Memorandum on the prevention of leprosy by segregation of the affected
Disease focus: Leprosy
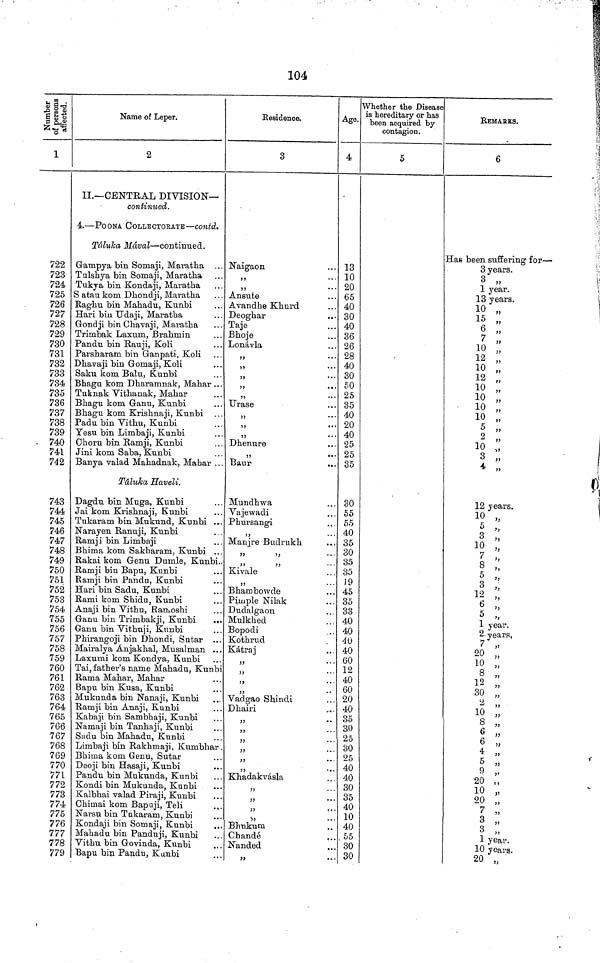
104
Number of persons affected.
1
722
723
724
725
726
727
728
729
730
731
732
733
734
735
736
737
738
739
740
741
742
743
744
745
746
747
748
749
750
751
752
753
754
755
756
757
758
759
760
761
762
763
764
765
766
767
768
769
770
771
772
773
774.
775
776
177
778
779
Name of Leper.
2
II.—CENTRAL DIVISION—
continued.
4.—POONA COLLECTORATE —contd.
Tâluka Mával—continued.
Gampya bin Somaji, Maratha ...
Tulshya bin Somaji, Maratha
Tukya bin Kondaji, Maratha
Satau kom Dhondji, Maratha
Raghu bin Mahadu, Kunbi
3ari bin Udaji, Maratha
Gondji bin Chavaji, Maratha
Trimbak Laxum, Brahmin
Pandu bin Rauji, Koli
Parsharam bin Ganpati, Koli
Dhavaji bin Gomaji, Koli
Saku kom Balu, Kunbi
Bhagu kom Dharamnak, Mahar ...
Tuknak Vithanak, Mahar
Bhagu kom Garni, Kunbi
Bhagu kom Krishnaji, Kunbi
Padu bin Vithu, Kunbi
Yesu bin Limbaji, Kunbi
Choru bin Ramji, Kunbi
Jini kom Saba, Kunbi
Banya valad Mahadnak, Mahar ..
Tâluka Haveli.
Dagdu bin Muga, Kunbi
Jai kom Krishnaji, Kunbi
Tukaram bin Mukund, Kunbi ...
Narayen Ranuji, Kunbi
Ramji bin Limbaji
Bhima kom Sakharam, Kunbi ...
Rakai kom Genu Dumle, Kunbi..
Ramji bin Bapu, Kunbi
Ramji bin Pandu, Kunbi
Hari bin Sadu, Kunbi
Rami kom Shidu, Kunbi
Anaji bin Vithu, Ramoshi
Ganu bin Trimbakji, Kunbi
..
Ganu bin Vithuji, Kunbi
Phirangoji bin Dhondi, Sutar
Mairalya Anjakhal, Musalman ..
Laxumi kom Kondya, Kunbi
Tai, father's name Mahadu, Kunb
Rama Mahar, Mahar
Bapu bin Kusa, Kunbi
Mukunda bin Nanaji, Kunbi
Ramji bin Anaji, Kunbi
Kabaji bin Sambhaji, Kunbi
Namaji bin Tanhaji, Kunbi
Sadu bin Mahadu, Kunbi
Limbaji bin Rakhmaji, Kumbhar
Bhima kom Genu, Sutar
Deoji bin Hasaji, Kunbi
Pandu bin Mukunda, Kunbi
Kondi bin Mukunda, Kunbi
Kalbhai valad Piraji, Kunbi
Chimai kom Bapuji, Teli
Narsu bin Tukaram, Kunbi
Kondaji bin Somaji, Kunbi
Mahadu bin Panduji, Kunbi
Vithu bin Govinda, Kunbi
Bapu bin Pandu, Kunbi
Residence.
3
Naigaon
,,
...
,,
...
Ansute
Avandhe Khurd
Deoghar
Taje
Bhoje
Lionávla
,,
...
,,
,,
,,
...
Urase
,,
,,
...
,,
...
Dhenure
,,
...
Baur
Mundhwa
Vajewadi
Phursangi
,,
Manjre Budrukh
„ „
Kivale
,,
Bhambowde
Pimple Nilak
Dudalgaon
Mulkhed
Bopodi
Kothrud
Kâtraj
„
„
Vadgao Shindi
Dhairi
„
„
„
„
„
„
Khadakvásla
„
„
„
Bhukum
Chandé
Nanded
»
•
Age.
4
13
10
20
65
40
30
40
36
26
28
40
30
50
25
35
40
20
40
25
25
35
30
55
55
40
35
30
35
35
19
45
35
33
40
40
40
40
60
12
40
60
20
40
35
30
25
30
25
40
40
30
35
40
10
40
55
30
30
Whether the Disease
is hereditary or has
been acquired by
contagion.
5
REMARKS.
6
Has been suffering for—
3 years.
3 „
1 year.
13 years.
10 „
15 „
6 „
7 „
10 „
12 „
10 „
12 „
10 „
10 „
10 „
10 „
5 „
2 „
10
„
3 „
4 „
12 years.
10 „
5 „
3 „
10 „
7 „
8 „
5
3 „
6
5 „
1 year.
2 years,
7 „
20 „
10 „
8 „
12 „
30 „
2 „
10 „
8 „
6 „
6 „
4 „
5 ,,
9 „
20 ,,
10 „
20 „
7 „
3 „
3 „
1 year.
10 years,.
20 „